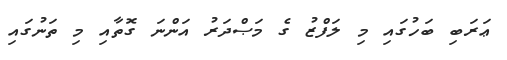
ޢަރަބި ބަހުގައި މި ލަފްޒު ގެ މަޞްދަރު އަންނަ ގޮތާއި މި ތަނުގައި